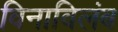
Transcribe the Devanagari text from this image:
विनाविलंब